Scottish Leaving Certificate Examination, 1954
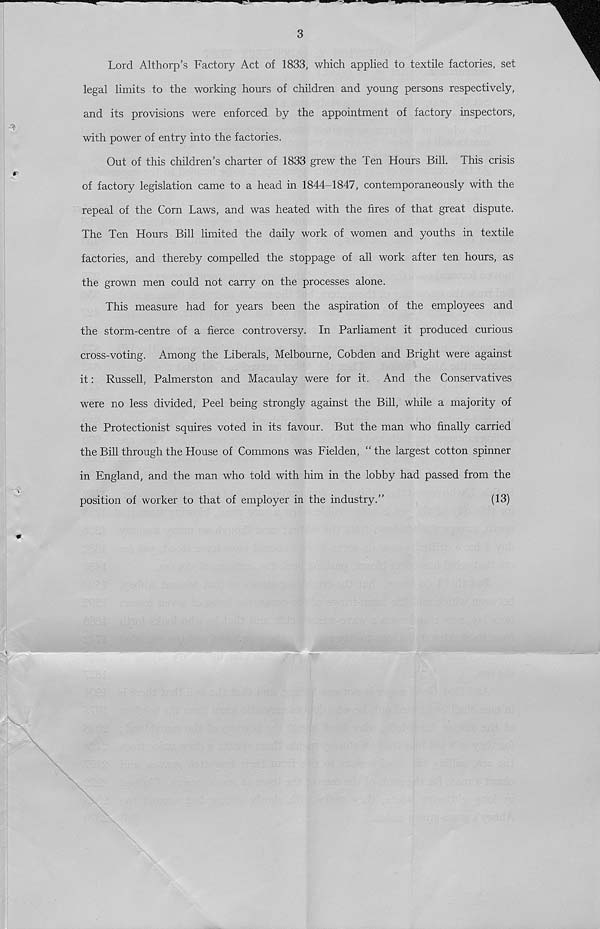
3
Lord Althorp’s Factory Act of 1833, which applied to textile factories, set
legal limits to the working hours of children and young persons respectively,
and its provisions were enforced by the appointment of factory inspectors,
with power of entry into the factories.
Out of this children’s charter of 1833 grew the Ten Hours Bill. This crisis
of factory legislation came to a head in 1844-1847, contemporaneously with the
repeal of the Corn Laws, and was heated with the fires of that great dispute.
The Ten Hours Bill limited the daily work of women and youths in textile
factories, and thereby compelled the stoppage of all work after ten hours, as
the grown men could not carry on the processes alone.
This measure had for years been the aspiration of the employees and
the storm-centre of a fierce controversy. In Parliament it produced curious
cross-voting. Among the Liberals, Melbourne, Cobden and Bright were against
it: Russell, Palmerston and Macaulay were for it. And the Conservatives
were no less divided, Peel being strongly against the Bill, while a majority of
the Protectionist squires voted in its favour. But the man who finally carried
the Bill through the House of Commons was Fielden, “the largest cotton spinner
in England, and the man who told with him in the lobby had passed from the
position of worker to that of employer in the industry.”
(13)